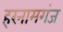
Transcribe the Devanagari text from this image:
हरनामगंज